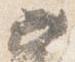
如